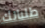
طلباتك